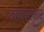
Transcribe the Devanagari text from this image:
ऋणप्रभार